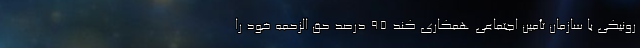
رونیکی با سازمان تأمین اجتماعی همکاری کند ۹۵ درصد حق الزحمه خود را